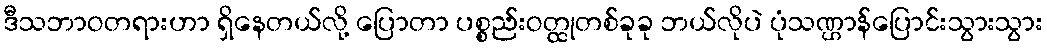
ဒီသဘာဝတရားဟာ ရှိနေတယ်လို့ ပြောတာ ပစ္စည်းဝတ္ထုတစ်ခုခု ဘယ်လိုပဲ ပုံသဏ္ဌာန်ပြောင်းသွားသွား